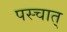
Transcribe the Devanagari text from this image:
पस्चात्